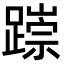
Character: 𨅃